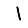
Digit: 1